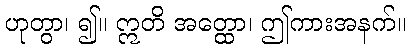
ဟုတွာ၊ ၍။ ဣတိ အတ္ထော၊ ဤကားအနက်။